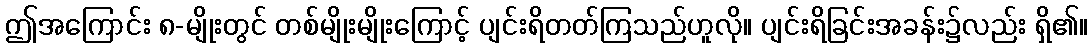
ဤအကြောင်း ၈-မျိုးတွင် တစ်မျိုးမျိုးကြောင့် ပျင်းရိတတ်ကြသည်ဟူလို။ ပျင်းရိခြင်းအခန်း၌လည်း ရှိ၏။